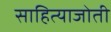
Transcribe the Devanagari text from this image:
साहित्याजोती